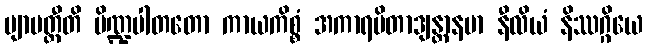
ဗျာပတ္တီတိ ပိဏ္ဍပါတတော ကာယကိစ္စံ အကာရပိတာဒျန္တာနမာ နီလိယံ နိဿဂ္ဂိယေ